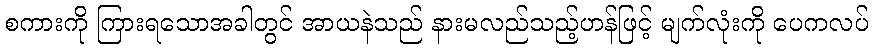
စကားကို ကြားရသောအခါတွင် အာယနဲသည် နားမလည်သည့်ဟန်ဖြင့် မျက်လုံးကို ပေကလပ်